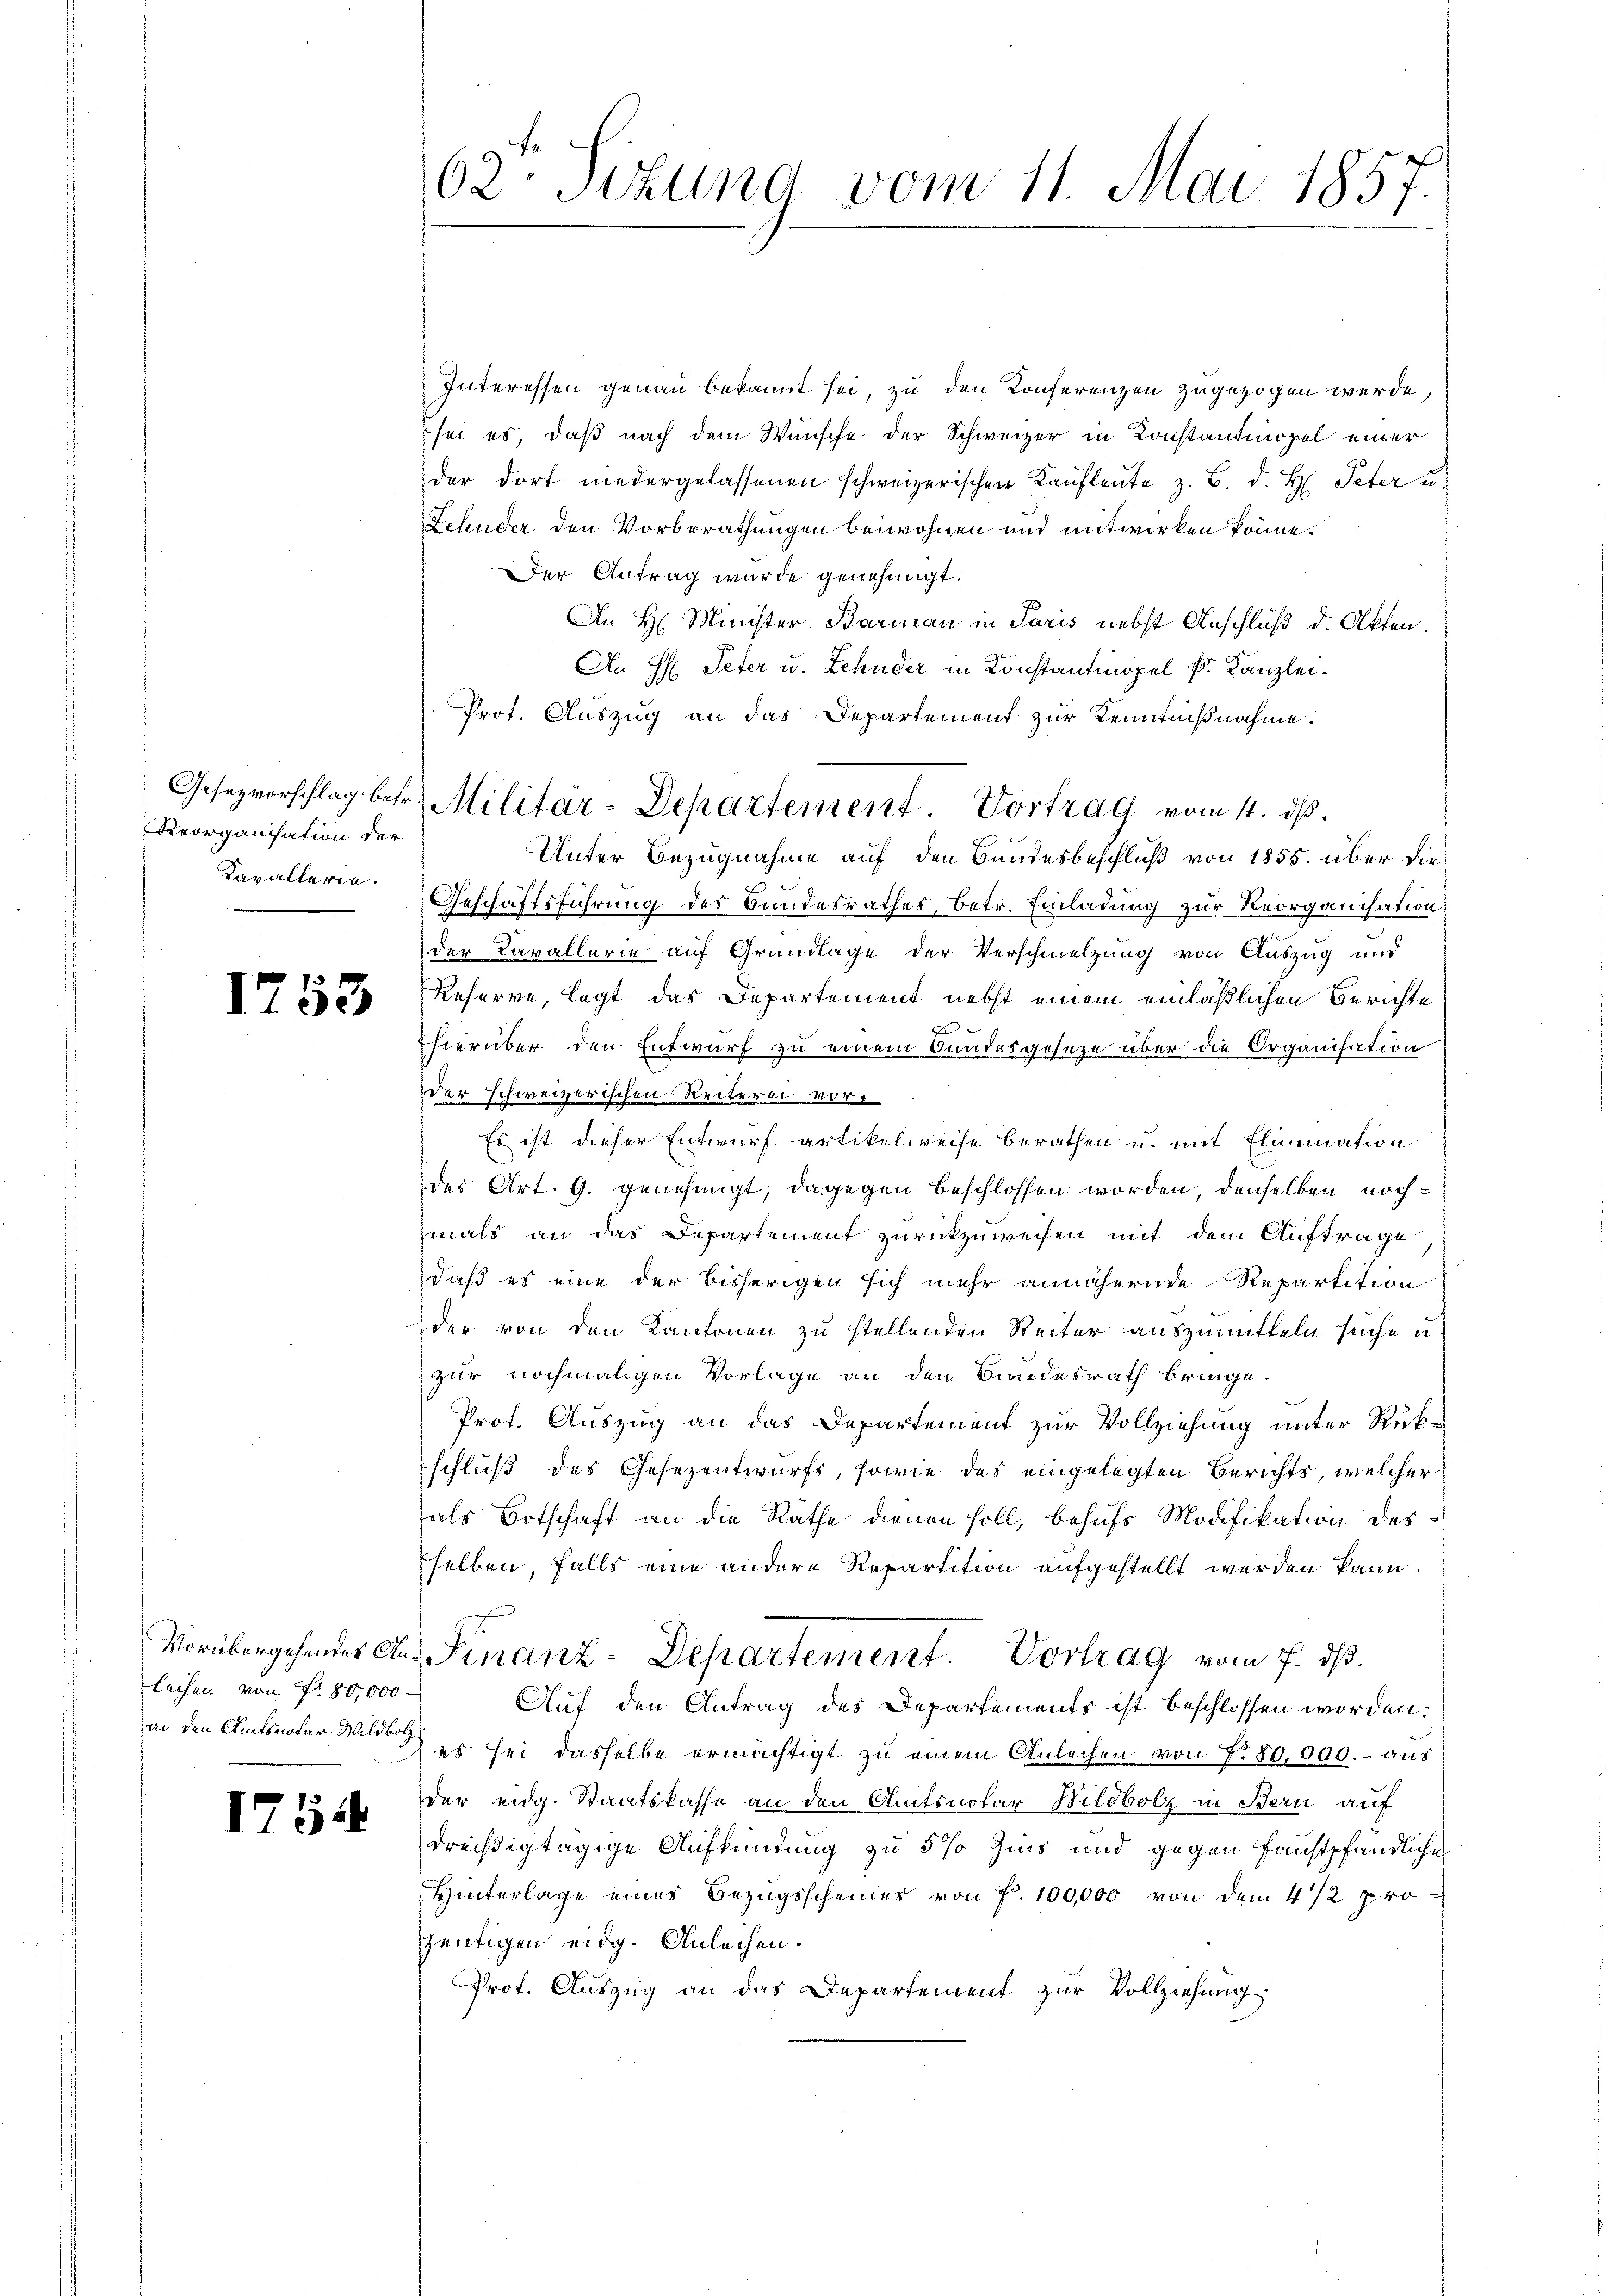
Reorganisation der
Kavallerie.

1753

lechen von Fr. 80,000

1754

62. Situng vom 11. Mai 1857.

Interessen genau bekannt sei, zu den Konferenzen zugezogen werde,
sei es, daß nach dem Wunsche der Schweizer in Konstantmopel einer
der dort niedergelassenen schweizerischen Kaŭfleŭte z. B. d. H. Peter u
Schuder den Vorberathungen beiwohnen und mitwirken könne.
Der Antrag wurde genehmigt.
An H. Minister Barmann in Paris nebst Anschluß d. Akten.
An H: Peter u. Lehnder in Konstantinopel k. Kanzlei¬
Unter Bezugnahme auf den Bundesbeschluß von 1855. über die
Geschäftsführung der Bandesrathes, betr. Einladung zur Reorganisation
der Cavallerie auf Grundlage der Verschmelzung von Auszug und
Reserve, legt das Departement nebst einem einläßlichen Berichte
E
hierüber den Entwurf zu einem Bundesgeseze über die Organisation
der schweizerischen Reiterei vor
Es ist dieser Entwurf artikelweise berathen u. mit Elimination
des Art. 9. genehmigt; dagegen beschlossen worden, denselben nochmals an das Departement zurückzuweisen mit dem Auftrage
daß es eine der bisherigen sich mehr annähernde Repartition
der von den Kantonen zu stellenden Reiter auszumitteln suche u.
zur nochmaligen Vorlage an den Bundesrath bringe.
Prot. Auszug an das Departement zur Vollziehung unter Rükschluß des Gesezentwurfs, sowie das eingelegten Berichts, welcher
als Botschaft an die Räthe dienen soll, behufs Modifikation des
selben, falls eine andere Repartition aufgestellt werden kann.
Vorübergehendes an. Finanz-Departement. Vortrag vom 7. dß.
Auf den Antrag des Departements ist beschlossen worden.
an den Amtsnotar die es sei dasselbe ermächtigt zu einem Anleihen von No 80,000.- aus
der eidg. Staatskasse an den Amtsnotar Bildbolz in Bern auf
dreißigtägige Aufkündung zu 5 % Zins und gegen faustpfändliche
Hinterlage eines Bezugsscheiner von f. 100,000 von dem 4 1/2 pro
zeitigen eidg. Anleihen.
Prot. Aŭszŭg an das Departement zŭr Vollziehung.

Prot. Auszug an das Departement zur Kenntnißnahme.
Gesezvorschlag betr. Militär-Departement Vortrag vom 4. ds.